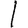
Digit: 1